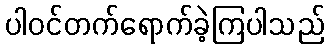
ပါဝင်တက်ရောက်ခဲ့ကြပါသည်